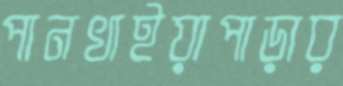
পানখাইয়াপাড়ার